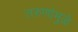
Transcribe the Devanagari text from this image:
तरुणांमुळे